Annual returns of the Patna Lunatic Asylum at Bankipore in Bihar and Orissa - 1912-1924
Year: 1912
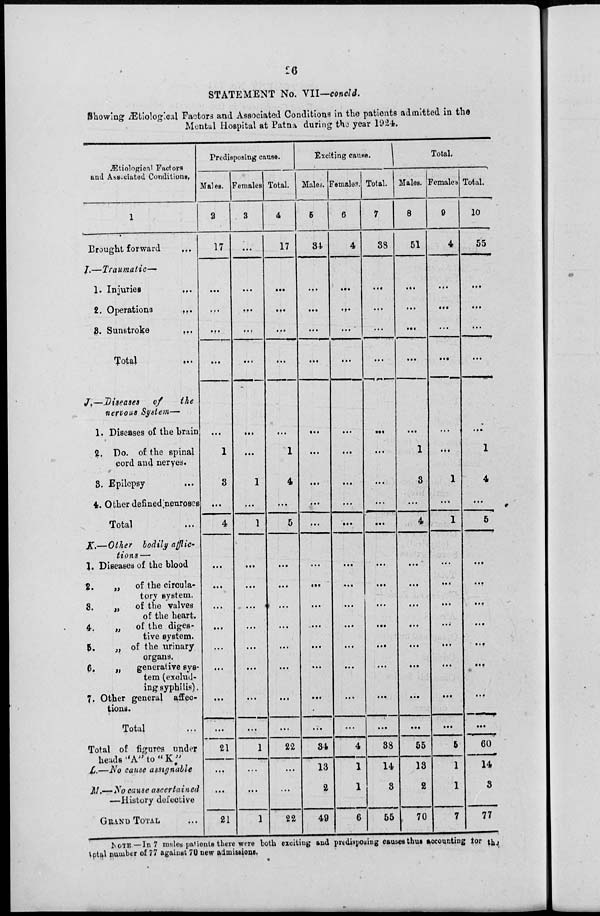
26
STATEMENT No. VII—concld.
Showing Ætiological Factors and Associated Conditions in the patients admitted in the
Mental Hospital at Patna during the year 1924.
Ætiological Factors
and Associated Conditions.
1
Brought forward
...
I.—Traumatic—
1. Injuries
...
2. Operations
...
3. Sunstroke
...
Total ...
J.—Diseases
of
the
nervous System—
1. Diseases of the brain
2. Do. of the spinal
cord and nerves.
3. Epilepsy
...
4. Other defined nenroses
Total ...
K.—Other bodily afflic-
tions—
1. Diseases of the blood
2.
„
of the circula-
tory System.
3.
„
of the valves
of the heart.
4.
„
of the diges-
tive System.
5.
„ of the urinary
organs.
6.
„
generative Sys-
tem (exclud-
ing syphilis).
7. Other general affec-
tions.
Total ...
Total of figures under
heads"A"to"K''
L.—No cause assignable
M.—No cause ascertained
—History defective
GRAND TOTAL ...
Predisposing cause.
Males.
2
17
...
...
...
...
...
1
3
...
4
...
...
...
...
...
...
...
...
21
...
...
21
Females
3
...
...
...
...
...
...
...
1
...
1
...
...
...
...
...
...
...
...
1
...
...
1
Total.
4
17
...
...
...
...
...
1
4
...
5
...
...
...
...
...
...
...
...
22
...
...
22
Exciting cause.
Males.
5
84.
...
...
...
...
...
...
...
...
...
...
...
...
. ...
...
...
...
...
34
13
2
49
Females
0
4
...
...
...
...
...
...
...
...
...
...
...
...
...
...
...
...
...
4
1
1
6
. Total.
7
38
...
...
...
...
...
...
...
...
...
...
...
...
...
...
...
...
...
38
14
3
55
Total.
Males.
8
51
...
...
...
...
...
1
3
...
4
...
...
...
...
...
...
...
...
55
13
2
70
Females
9
4
...
...
...
...
...
...
1
...
1
...
...
...
...
...
...
...
...
5
1
1
7
Total.
10
55
...
...
...
...
...
1
4
...
5
...
...
...
...
...
...
...
...
60
14
3
77
NOTE—In 7 males patients there were both exciting and predisposing causes thus accounting for the
total number of 77 against 70 new admissions.